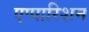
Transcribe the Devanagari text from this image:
एप्पारिशन